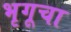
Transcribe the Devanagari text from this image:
भृगूचा